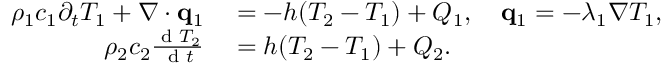
\begin{array} { r l } { \rho _ { 1 } c _ { 1 } \partial _ { t } T _ { 1 } + \nabla \cdot \mathbf q _ { 1 } } & { { } = - h ( T _ { 2 } - T _ { 1 } ) + Q _ { 1 } , \quad \mathbf q _ { 1 } = - \lambda _ { 1 } \nabla T _ { 1 } , } \\ { \rho _ { 2 } c _ { 2 } \frac { \textrm { d } T _ { 2 } } { \textrm { d } t } } & { { } = h ( T _ { 2 } - T _ { 1 } ) + Q _ { 2 } . } \end{array}